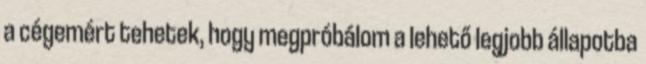
a cégemért tehetek, hogy megpróbálom a lehető legjobb állapotba